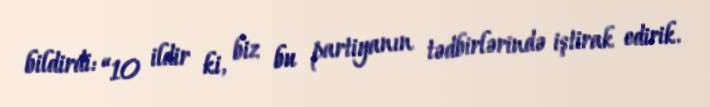
bildirdi: “10 ildir ki, biz bu partiyanın tədbirlərində iştirak edirik.